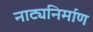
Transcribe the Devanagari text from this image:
नाट्यनिर्माण